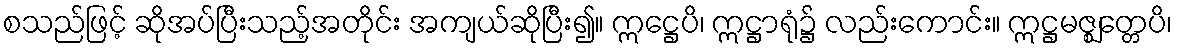
စသည်ဖြင့် ဆိုအပ်ပြီးသည့်အတိုင်း အကျယ်ဆိုပြီး၍။ ဣဋ္ဌေပိ၊ ဣဋ္ဌာရုံ၌ လည်းကောင်း။ ဣဋ္ဌမဇ္ဈတ္တေပိ၊